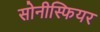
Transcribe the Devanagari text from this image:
सोनीस्फियर